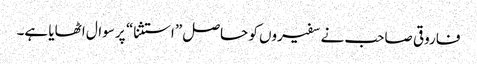
فاروقی صاحب نے سفیروں کو حاصل ”استثنا“ پر سوال اٹھایا ہے۔